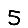
Digit: 5